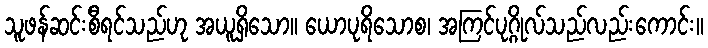
သူဖန်ဆင်းစီရင်သည်ဟု အယူရှိသော။ ယောပုရိသောစ၊ အကြင်ပုဂ္ဂိုလ်သည်လည်းကောင်း။